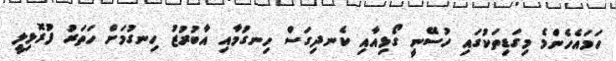
ހަމައެހެންމެ މިގަޑިތަކުގައި ހުސޭނީ ގޯޅިއާއި ކެނދިގަސް ހިނގުމާއި އާބުރުޒު ހިނގުމަށް ހަތަރު ފުރޮޅިލީ